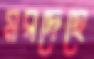
মরদেহে